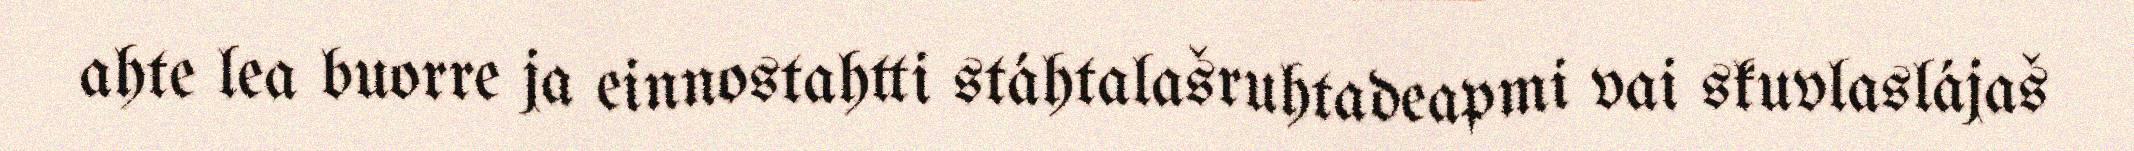
ahte lea buorre ja einnostahtti stáhtalašruhtadeapmi vai skuvlaslájaš